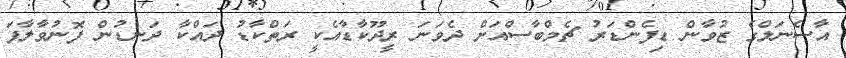
އާސެނަލްގެ ޒުވާން ޑިފެންޑަރު ޗެމްބާސްއަށް ދެވަނަ ރީދޫކާޑާއެކީ ރަތްކާޑު ދައްކާ ދަނޑުން ފޮނުވާލާފަ